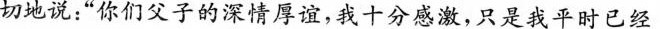
图↑有志者，事竟成。切地说：”你们父子的深情厚谊，我十分感激，只是我平时已经